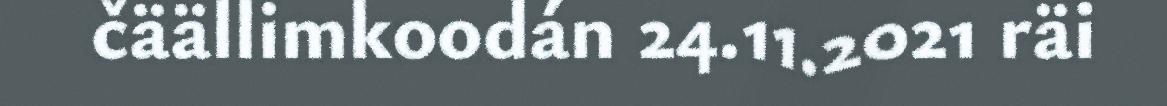
čäällimkoodán 24.11.2021 räi